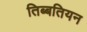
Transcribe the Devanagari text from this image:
तिब्‍बतियन